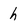
Character: h